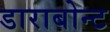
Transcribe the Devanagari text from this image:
डाराबोन्ट